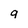
Character: 9